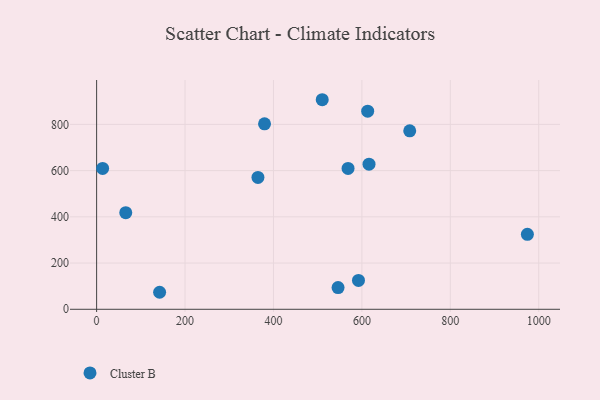
{"axis": {"x": "Engine Size", "y": "Exam Score"}, "legend": ["Cluster B"], "data": [{"x": "568.7", "y": 609.4, "type": "Cluster B"}, {"x": "592.3", "y": 125.0, "type": "Cluster B"}, {"x": "708.2", "y": 772.1, "type": "Cluster B"}, {"x": "142.5", "y": 73.6, "type": "Cluster B"}, {"x": "379.8", "y": 802.5, "type": "Cluster B"}, {"x": "364.9", "y": 570.4, "type": "Cluster B"}, {"x": "974.3", "y": 324.5, "type": "Cluster B"}, {"x": "510.3", "y": 906.7, "type": "Cluster B"}, {"x": "613.1", "y": 857.3, "type": "Cluster B"}, {"x": "13.6", "y": 609.5, "type": "Cluster B"}, {"x": "65.9", "y": 418.2, "type": "Cluster B"}, {"x": "616.1", "y": 627.8, "type": "Cluster B"}, {"x": "546.1", "y": 94.0, "type": "Cluster B"}]}